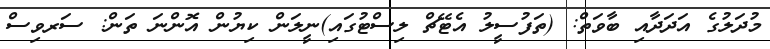
މުދަލުގެ އަދަދާއި ބާވަތް: (ތަފުސީލު އެޓޭޗް ލިސްޓުގައި)ނީލަން ކިޔުން އޮންނަ ތަން: ސަރވިސް